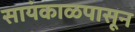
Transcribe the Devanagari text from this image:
सायंकाळपासून